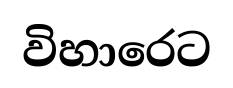
විහාරෙට